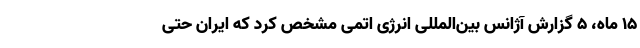
۱۵ ماه، ۵ گزارش آژانس بین‌المللی انرژی اتمی مشخص کرد که ایران حتی